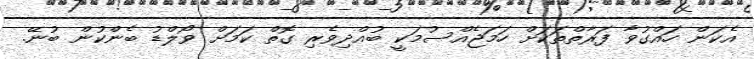
އެކަން ހައްގުވާ ފަރާތްތަކަށް ހަމަޖެއްސުމަކީ ބުއްދިވެރި ގޮތް ކަމަށް ވޯލްޑު ބެންކުން ބުނޭ.